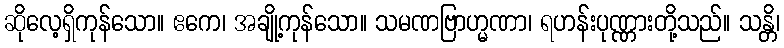
ဆိုလေ့ရှိကုန်သော။ ဧကေ၊ အချို့ကုန်သော။ သမဏဗြာဟ္မဏာ၊ ရဟန်းပုဏ္ဏားတို့သည်။ သန္တိ၊